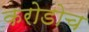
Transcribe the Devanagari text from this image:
करोडोच